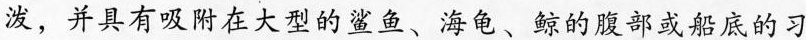
泼，并具有吸附在大型的鲨鱼、海龟、鲸的腹部或船底的习